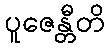
ပူဇေန္တီတိ